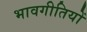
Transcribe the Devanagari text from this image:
भावगीतियों